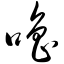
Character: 噜